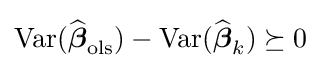
\operatorname {Var} ({\widehat {\boldsymbol {\beta }}}_{\mathrm {ols} })-\operatorname {Var} ({\widehat {\boldsymbol {\beta }}}_{k})\succeq 0